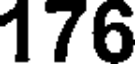
176